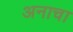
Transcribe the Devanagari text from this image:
अनाचा